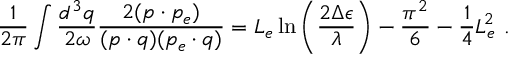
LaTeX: \frac { 1 } { 2 \pi } \int \frac { d ^ { 3 } q } { 2 \omega } \frac { 2 ( p \cdot p _ { e } ) } { ( p \cdot q ) ( p _ { e } \cdot q ) } = L _ { e } \ln \left( \frac { 2 \Delta \epsilon } { \lambda } \right) - \frac { \pi ^ { 2 } } { 6 } - \frac { 1 } { 4 } L _ { e } ^ { 2 } \ .